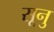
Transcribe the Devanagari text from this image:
सूनु